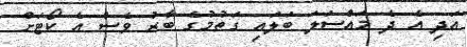
އަދި އެ ދެ މައްސަލަ ބަލައި ގަތުމުގެ ބާރު ވެސް އެ ކޯޓަށް